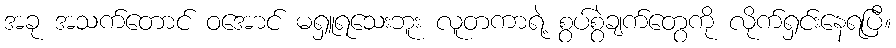
အခု အသက်တောင် ဝအောင် မရှူရသေးဘူး လူတကာရဲ့ စွပ်စွဲချက်တွေကို လိုက်ရှင်းနေရပြီ။